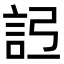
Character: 𧦒